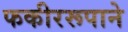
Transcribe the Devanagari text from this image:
फकीररूपाने